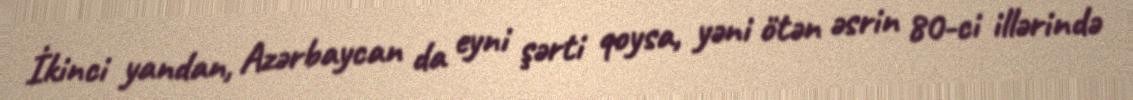
İkinci yandan, Azərbaycan da eyni şərti qoysa, yəni ötən əsrin 80-ci illərində